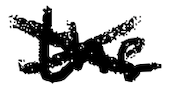
Text: the
Cross-out: mix
Writing tool: digital_black